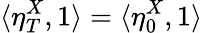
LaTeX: \langle\eta_{T}^{X},1\rangle=\langle\eta_{0}^{X},1\rangle